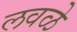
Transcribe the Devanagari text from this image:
लवळे